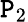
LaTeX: \mathtt{P}_{2}